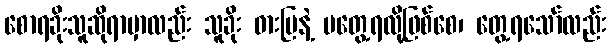
စောရခိုးသူဆိုရာမှာလည်း သူခိုး ဓားပြနဲ့ မတွေ့ရလို့ဖြစ်စေ၊ တွေ့ရသော်လည်း